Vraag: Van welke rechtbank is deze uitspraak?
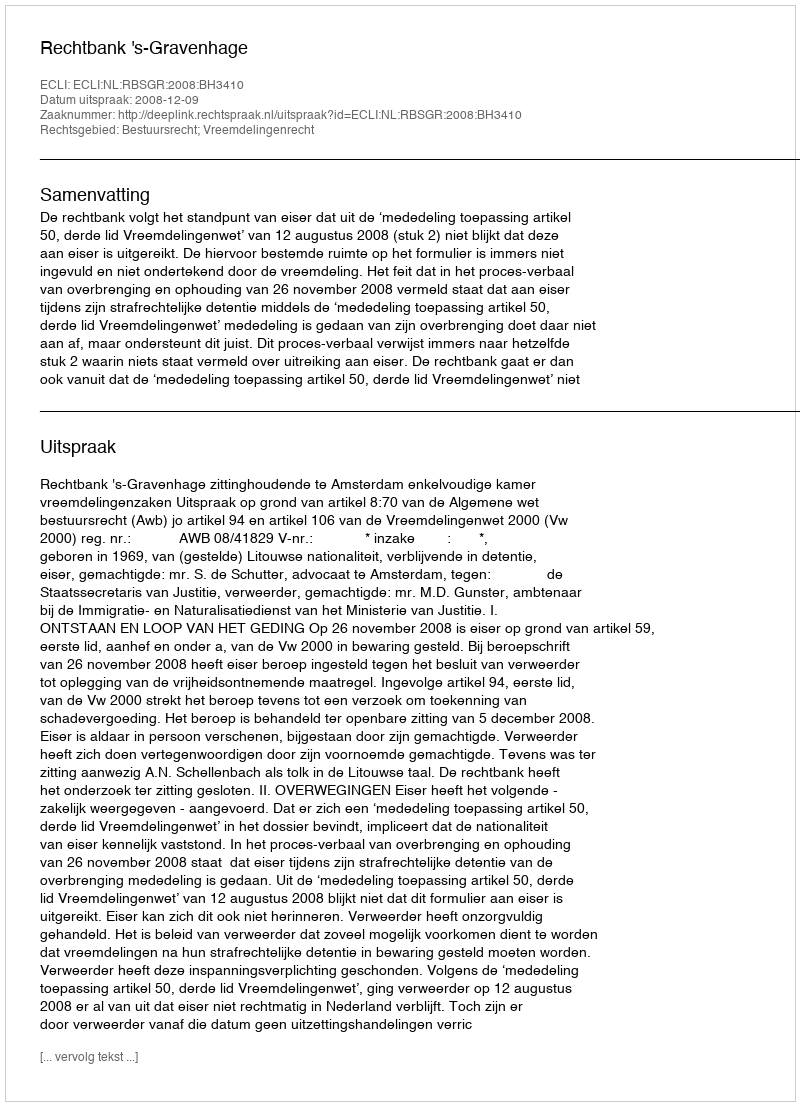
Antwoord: Rechtbank 's-Gravenhage